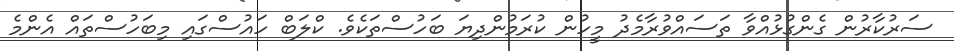
ސަރުކާރުން ގެންގުޅުއްވާ ތަސައްވުރާމެދު މީހުން ކުރަމުންދިޔަ ބަހުސްތަކެވެ. ކްލަބް ހައުސްގައި މިބަހުސްތައް އެންމެ